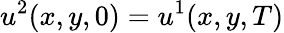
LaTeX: u^{2}(x,y,0)=u^{1}(x,y,T)